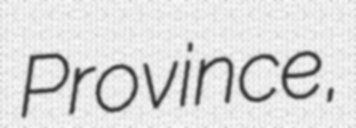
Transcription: Province,